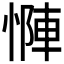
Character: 𫺶